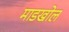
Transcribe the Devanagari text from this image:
माडखोल